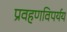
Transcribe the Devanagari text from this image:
प्रवहणविपर्यय